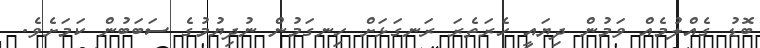
ބޮޑު ގެއްލުމެއް ވަމުން ދިޔައީ ހެރަތެރަ ރަނގަޅަށް ހިނގަމުން ނުދިޔުމުގެ ސަބަބުން ކަމަށެވެ.